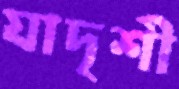
যাদৃশী